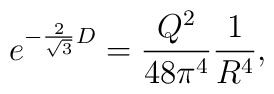
e^{ - {2 \over \sqrt 3} D }= { Q^2 \over 48 \pi^4} {1 \over R^4},